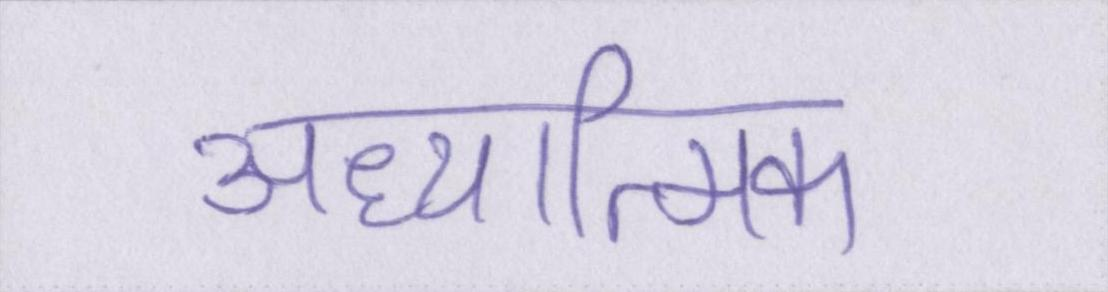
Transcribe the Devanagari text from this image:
अध्यात्मिक